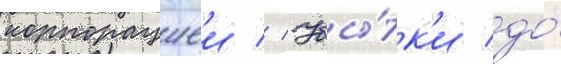
корпорациеи // Убы́тк'и до́